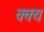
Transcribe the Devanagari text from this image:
क्क्य